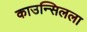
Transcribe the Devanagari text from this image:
काउन्सिलला